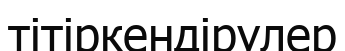
тітіркендірулер